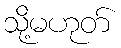
သို့မဟုတ်